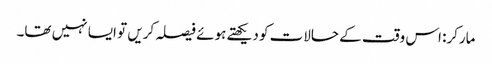
مارکر: اس وقت کے حالات کو دیکھتے ہوئے فیصلہ کریں تو ایسا نہیں تھا۔